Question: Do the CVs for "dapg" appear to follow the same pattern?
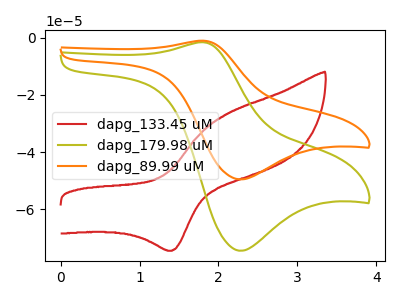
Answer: <think>The red curve "dapg_133.45 uM" has an anodic peak at (2.10V, -26.50uA) and a cathodic peak at (1.40V, -74.45uA). The olive curve "dapg_179.98 uM" has an anodic peak at (1.80V, -1.60uA) and a cathodic peak at (2.30V, -74.45uA). The orange curve "dapg_89.99 uM" has an anodic peak at (1.80V, -1.05uA) and a cathodic peak at (2.30V, -49.50uA).
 "dapg_133.45 uM" and "dapg_179.98 uM" have at least one peak that do not match. "dapg_133.45 uM" and "dapg_89.99 uM" have at least one peak that do not match. All the peaks in "dapg_179.98 uM" have a peak in "dapg_89.99 uM" at the same potential.</think>
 <answer>All the CV's of "dapg" have similar shape.</answer>
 <eval>follow_rule</eval>